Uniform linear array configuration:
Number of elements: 8
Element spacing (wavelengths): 0.75
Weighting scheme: hamming
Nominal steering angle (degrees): -15
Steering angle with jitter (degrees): -14.373
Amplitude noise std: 0.05
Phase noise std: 0.05

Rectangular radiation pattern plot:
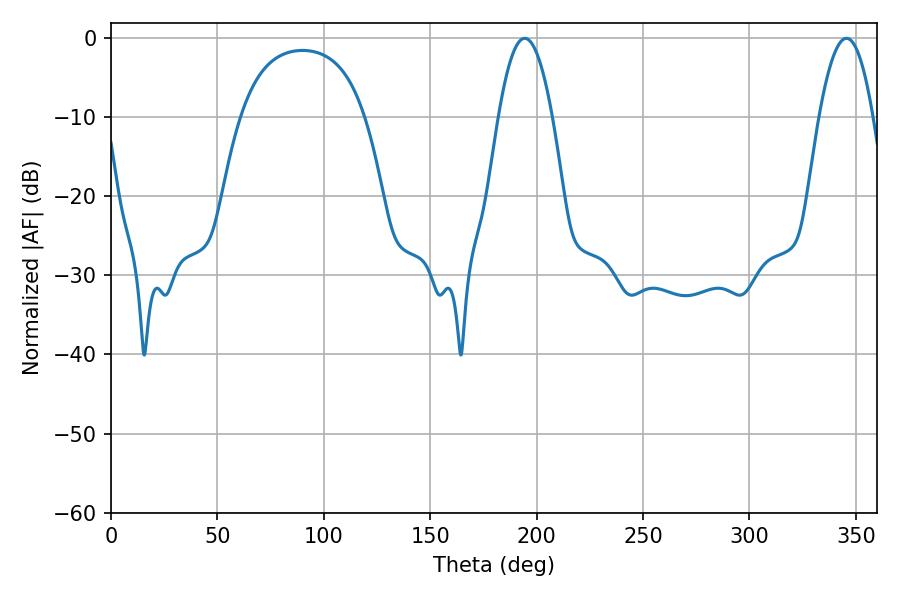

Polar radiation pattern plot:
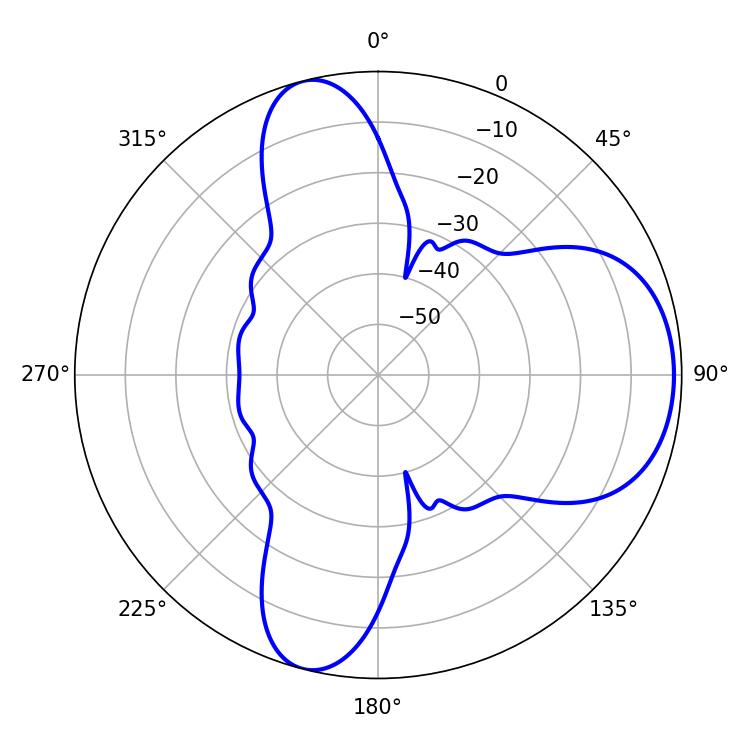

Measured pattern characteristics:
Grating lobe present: TRUE
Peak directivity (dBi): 7.653
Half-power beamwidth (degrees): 13.86
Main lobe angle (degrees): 194.4